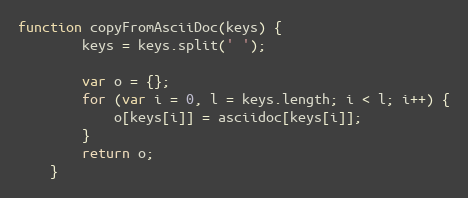
Language: JavaScript
function copyFromAsciiDoc(keys) {
		keys = keys.split(' ');

		var o = {};
		for (var i = 0, l = keys.length; i < l; i++) {
			o[keys[i]] = asciidoc[keys[i]];
		}
		return o;
	}